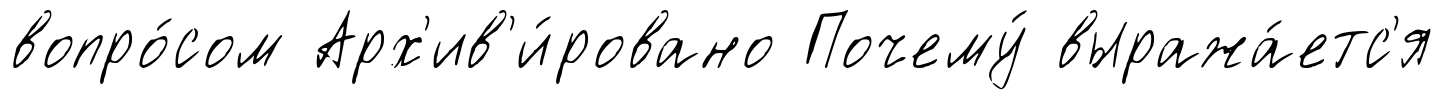
вопро́сом Арх'ив'и́ровано Почему́ выража́етс'я